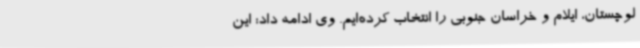
لوچستان، ایلام و خراسان جنوبی را انتخاب کرده‌ایم. وی ادامه داد: این